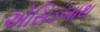
એસિડબાથ